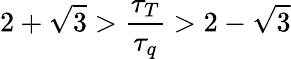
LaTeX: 2+\sqrt{3}>\frac{\tau_{T}}{\tau_{q}}>2-\sqrt{3}